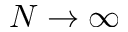
N \rightarrow \infty